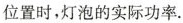
位置时，灯泡的实际功率。